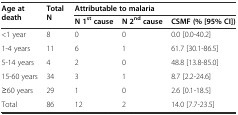
| <ROWSPAN=2> Age at death | <ROWSPAN=2> Total N | <COLSPAN=3> Attributable to malaria |
 | N 1stcause | N 2ndcause | CSMF (% [95% CI]) |
 | --- | --- | --- | --- | --- |
 | <1 year | 8 | 0 | 0 | 0.0 [0.0-40.2] |
 | 1-4 years | 11 | 6 | 1 | 61.7 [30.1-86.5] |
 | 5-14 years | 4 | 2 | 0 | 48.8 [13.8-85.0] |
 | 15-60 years | 34 | 3 | 1 | 8.7 [2.2-24.6] |
 | ≥60 years | 29 | 1 | 0 | 2.6 [0.1-18.5] |
 | Total | 86 | 12 | 2 | 14.0 [7.7-23.5] |